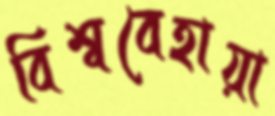
বিশ্ববেহায়া